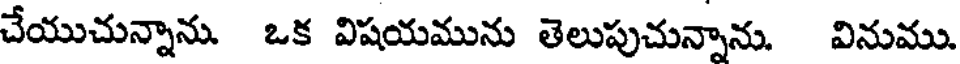
చేయుచున్నాను. ఒక విషయమును తెలుపుచున్నాను. వినుము.